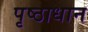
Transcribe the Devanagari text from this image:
पृष्ठाधान